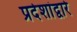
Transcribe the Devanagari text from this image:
प्रदेशांद्वारे